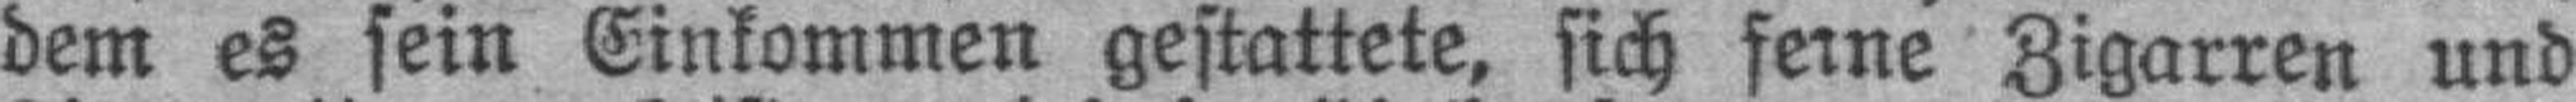
dem es sein Einkommen gestattete, sich feine Zigarren und